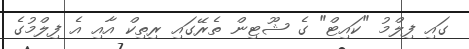
ގައި ފިލްމު "ކައިޓް" ގެ ޝޫޓިން ތެރޭގައި ރިތިކް އާއި އެ ފިލްމުގެ